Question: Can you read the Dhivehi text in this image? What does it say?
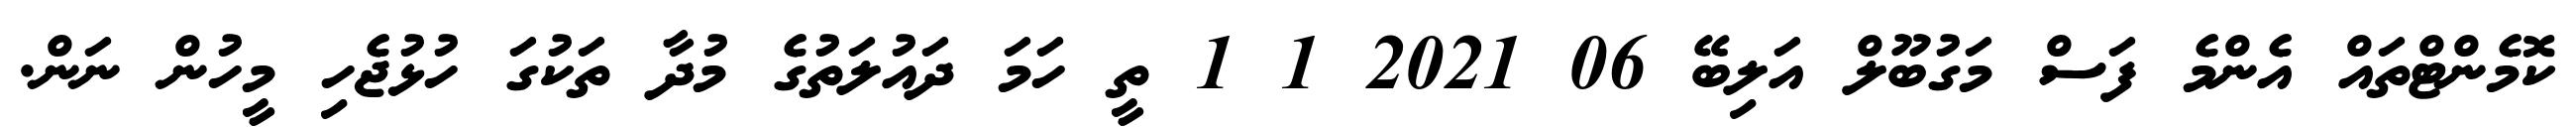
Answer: ކޮމެންޓްތައް އެންމެ ފަސް މަގުބޫލް އަލިބޭ 06 2021 1 1 ތީ ހަމަ ދައުލަތުގެ މުދާ ތަކުގަ ހުޅުޖެހި މީހުން ނަން.